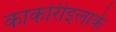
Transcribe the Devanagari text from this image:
काकोरीइलाके